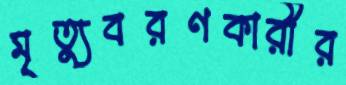
মৃত্যুবরণকারীর